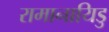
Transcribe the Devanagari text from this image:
रामानायिडु